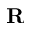
\mathbf { R }